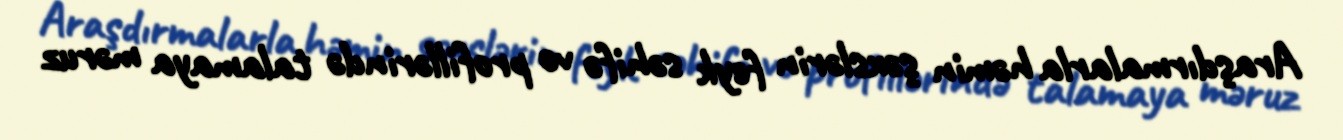
Araşdırmalarla həmin şəxslərin feyk səhifə və profillərində talamaya məruz